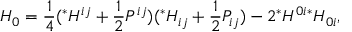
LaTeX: { \cal { H } } _ { 0 } = \frac { 1 } { 4 } ( { } ^ { * } H ^ { i j } + \frac { 1 } { 2 } P ^ { i j } ) ( { } ^ { * } H _ { i j } + \frac { 1 } { 2 } P _ { i j } ) - 2 { } ^ { * } H ^ { 0 i } { } ^ { * } H _ { 0 i } ,